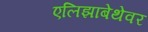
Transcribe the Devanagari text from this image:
एलिझाबेथेवर